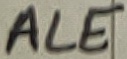
Text: ALE